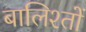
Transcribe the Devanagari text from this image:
बालिश्तों